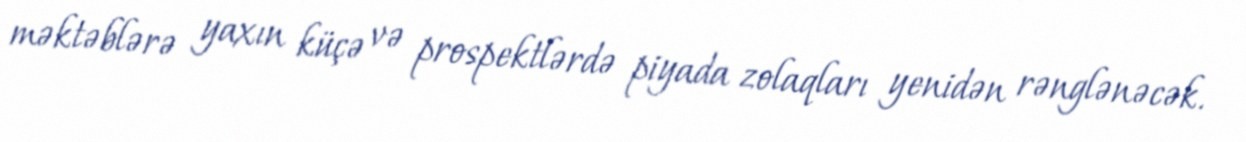
məktəblərə yaxın küçə və prospektlərdə piyada zolaqları yenidən rənglənəcək.